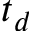
t _ { d }